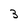
Character: 3